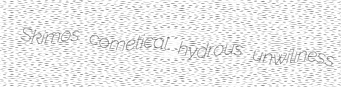
Skimos cometical hydrous unwiliness